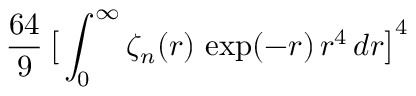
\frac { 6 4 } { 9 } \, \big [ \int _ { 0 } ^ { \infty } \zeta _ { n } ( r ) \, \exp ( - r ) \, r ^ { 4 } \, d r \big ] ^ { 4 }